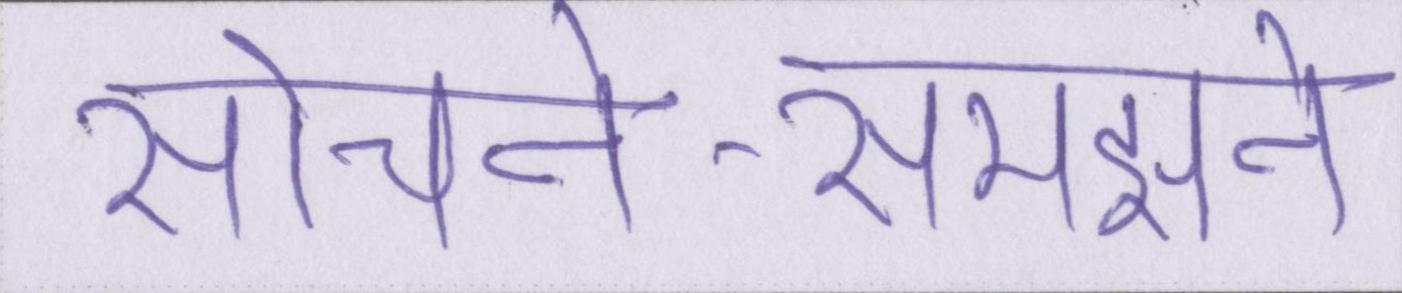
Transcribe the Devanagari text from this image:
सोचने-समझने